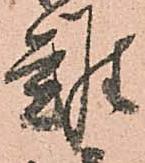
難